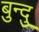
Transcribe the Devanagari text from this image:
बुन्दु